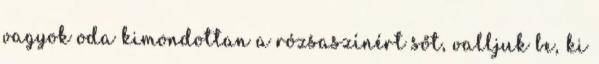
vagyok oda kimondottan a rózsaszínért sőt, valljuk be, ki